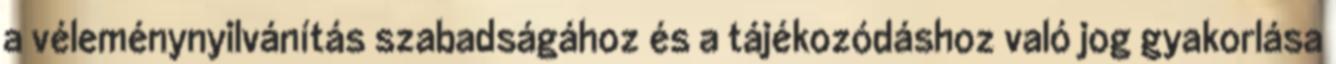
a véleménynyilvánítás szabadságához és a tájékozódáshoz való jog gyakorlása